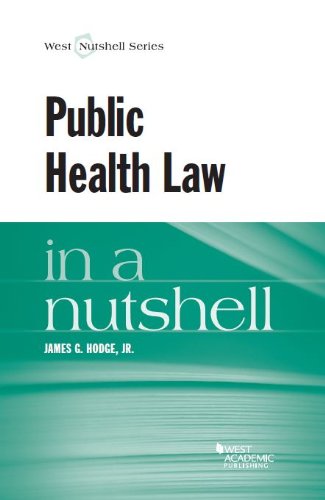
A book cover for Public Health Law in a Nutshell; James Hodge Jr; Law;